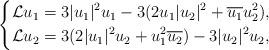
LaTeX: \begin{align*}\left\{\begin{aligned}&\mathcal{L} u_1=3 |u_1|^2u_1-3(2u_1|u_2|^2 +\overline{u_1}u_2^2),\\&\mathcal{L} u_2=3 (2|u_1|^2u_2+u_1^2\overline{u_2})-3|u_2|^2u_2,\end{aligned}\right.\end{align*}